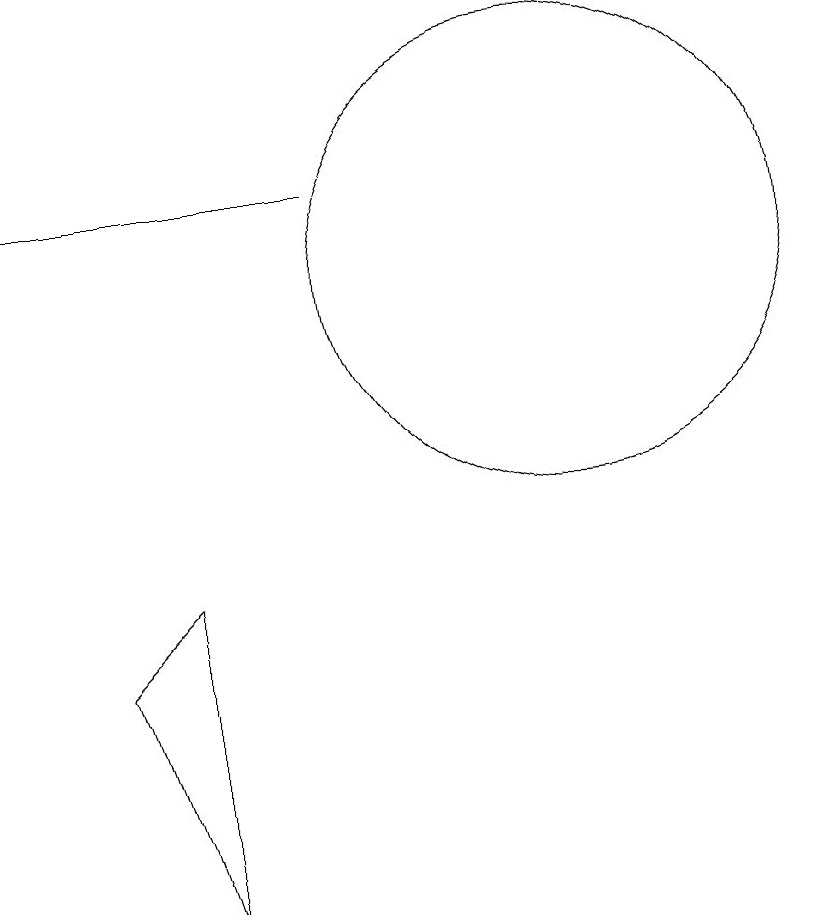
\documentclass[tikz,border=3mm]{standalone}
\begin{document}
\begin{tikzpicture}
\draw (5,6) -- (4,5) -- (5,2) -- cycle;
\draw (10,10) circle (3);
\draw[->] (7,11) -- (3,11);
\draw (10,10) circle (0);
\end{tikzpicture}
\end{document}